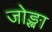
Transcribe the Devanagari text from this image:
जोङ्खा